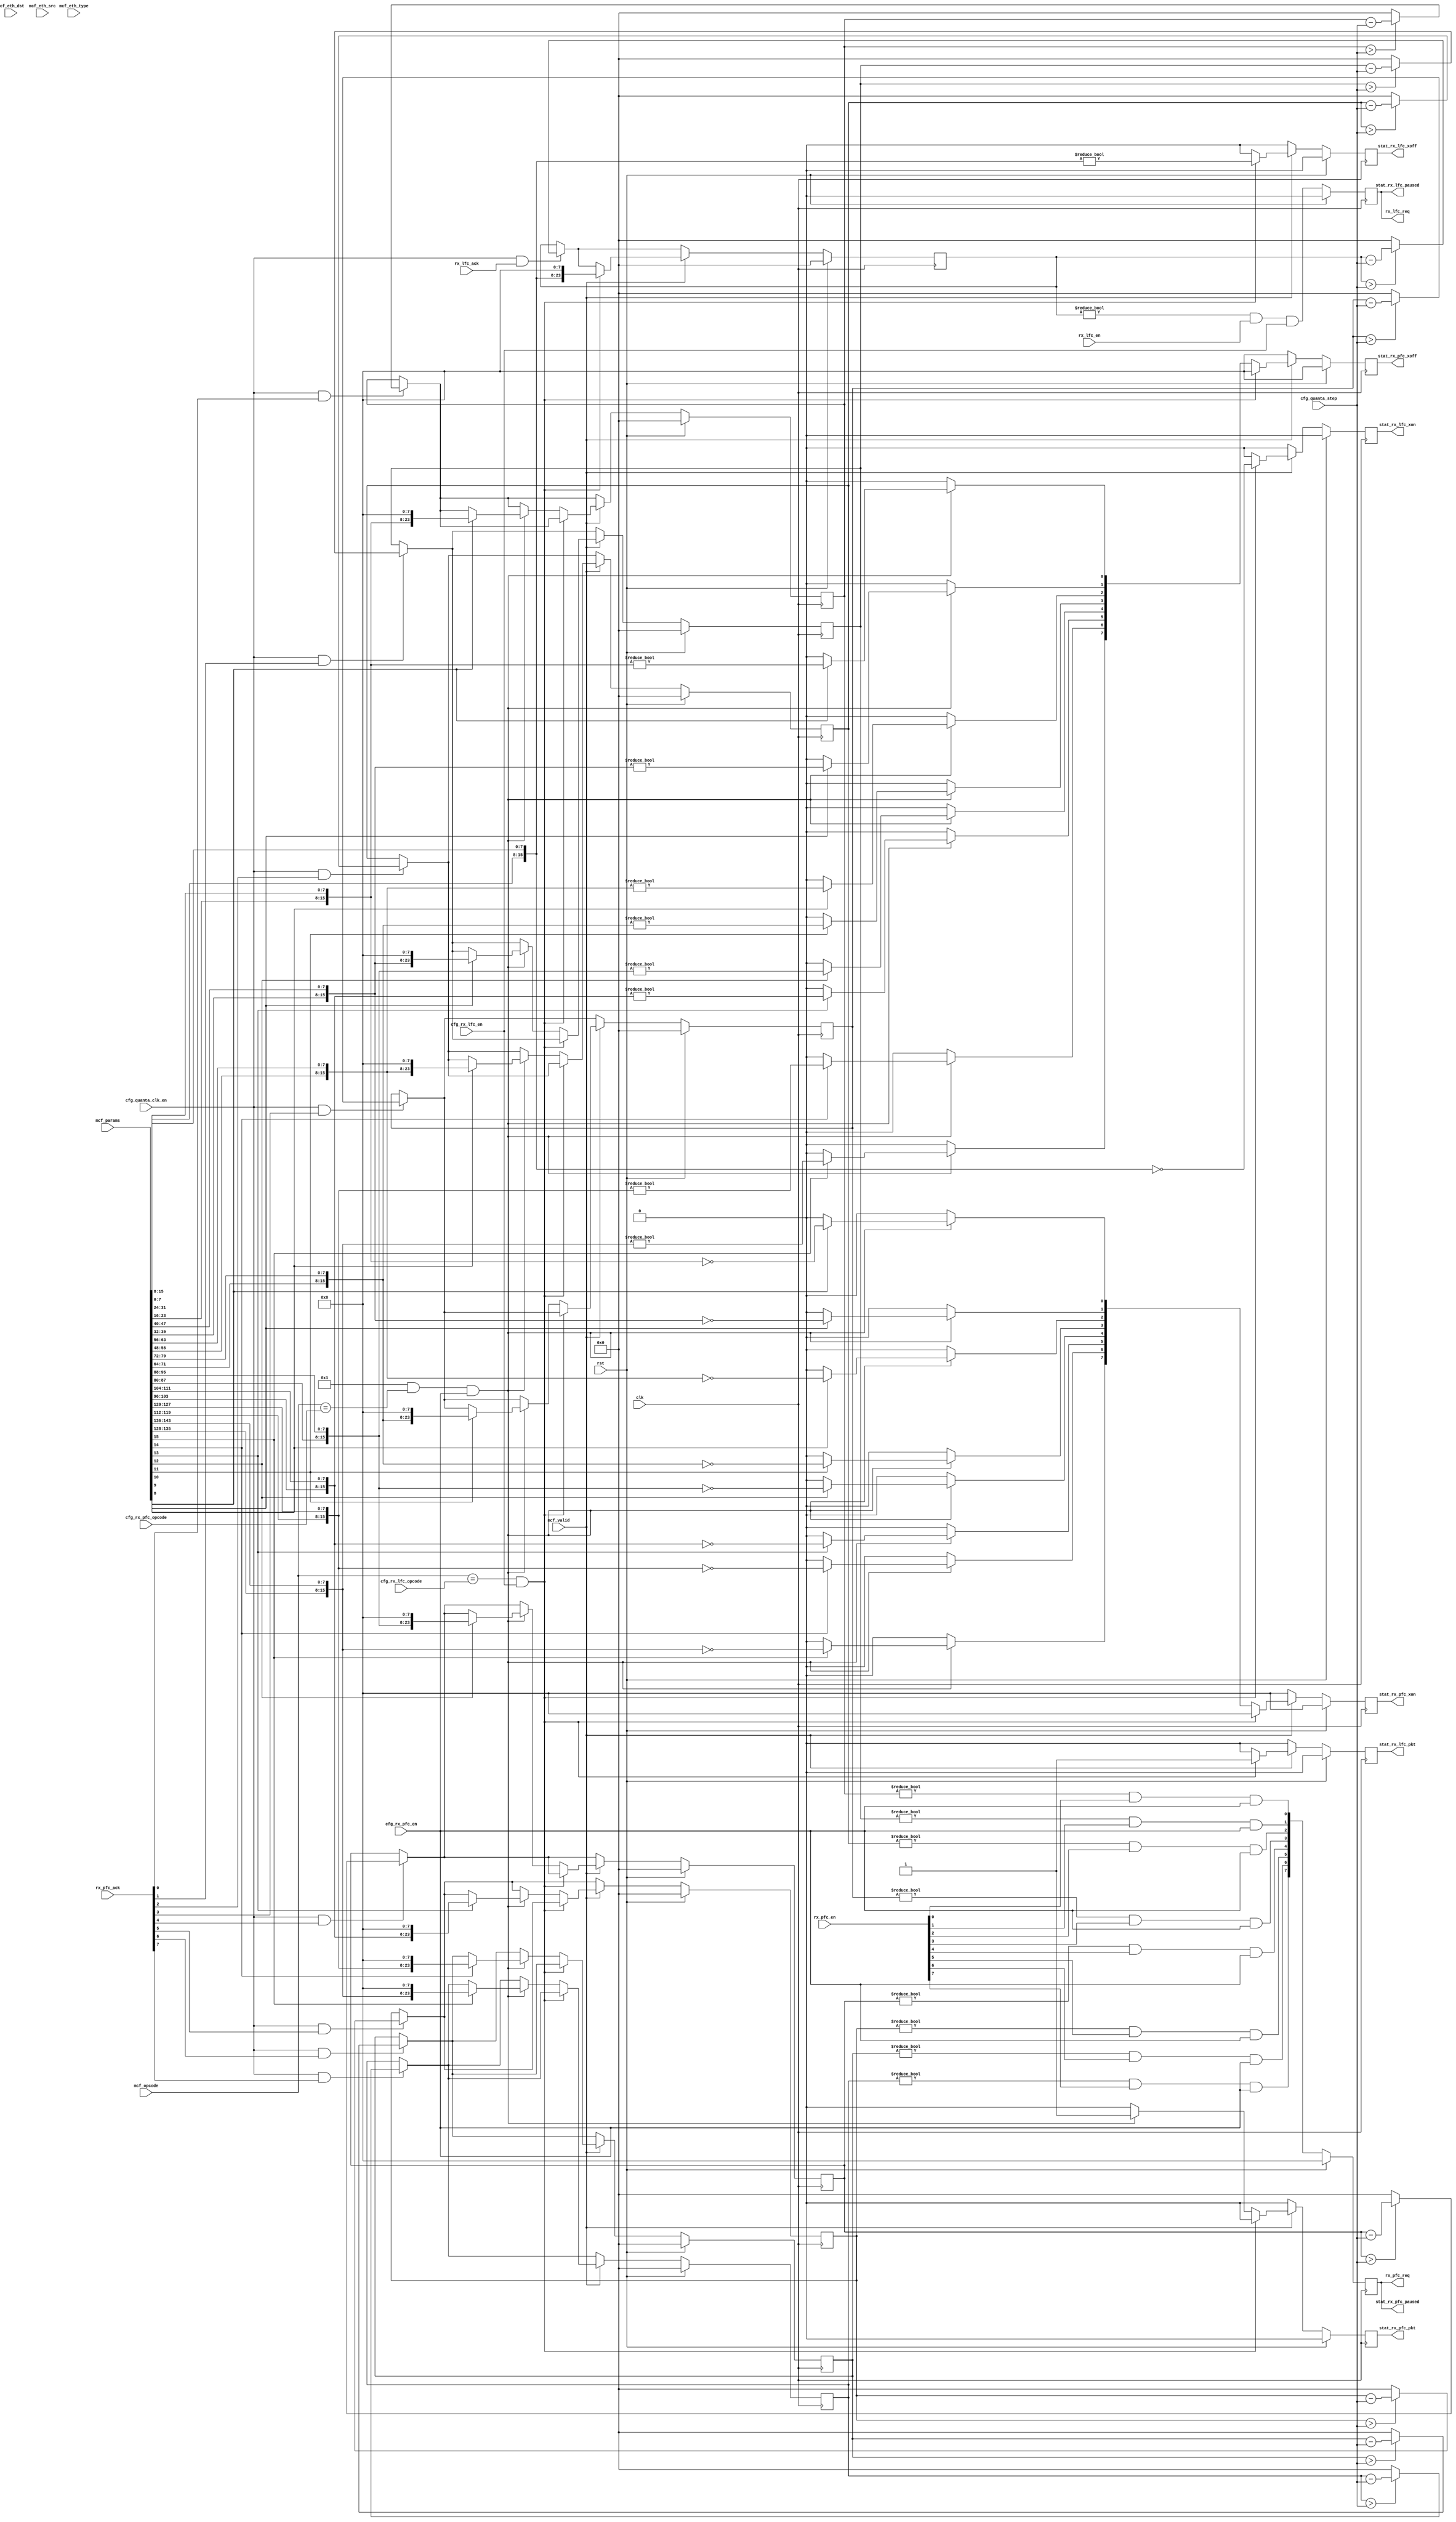
/*

Copyright (c) 2023 Alex Forencich

Permission is hereby granted, free of charge, to any person obtaining a copy
of this software and associated documentation files (the "Software"), to deal
in the Software without restriction, including without limitation the rights
to use, copy, modify, merge, publish, distribute, sublicense, and/or sell
copies of the Software, and to permit persons to whom the Software is
furnished to do so, subject to the following conditions:

The above copyright notice and this permission notice shall be included in
all copies or substantial portions of the Software.

THE SOFTWARE IS PROVIDED "AS IS", WITHOUT WARRANTY OF ANY KIND, EXPRESS OR
IMPLIED, INCLUDING BUT NOT LIMITED TO THE WARRANTIES OF MERCHANTABILITY
FITNESS FOR A PARTICULAR PURPOSE AND NONINFRINGEMENT. IN NO EVENT SHALL THE
AUTHORS OR COPYRIGHT HOLDERS BE LIABLE FOR ANY CLAIM, DAMAGES OR OTHER
LIABILITY, WHETHER IN AN ACTION OF CONTRACT, TORT OR OTHERWISE, ARISING FROM,
OUT OF OR IN CONNECTION WITH THE SOFTWARE OR THE USE OR OTHER DEALINGS IN
THE SOFTWARE.

*/

// Language: Verilog 2001

`resetall
`timescale 1ns / 1ps
`default_nettype none

/*
 * PFC and pause frame receive handling
 */
module mac_pause_ctrl_rx #
(
    parameter MCF_PARAMS_SIZE = 18,
    parameter PFC_ENABLE = 1
)
(
    input  wire                          clk,
    input  wire                          rst,

    /*
     * MAC control frame interface
     */
    input  wire                          mcf_valid,
    input  wire [47:0]                   mcf_eth_dst,
    input  wire [47:0]                   mcf_eth_src,
    input  wire [15:0]                   mcf_eth_type,
    input  wire [15:0]                   mcf_opcode,
    input  wire [MCF_PARAMS_SIZE*8-1:0]  mcf_params,

    /*
     * Link-level Flow Control (LFC) (IEEE 802.3 annex 31B PAUSE)
     */
    input  wire                          rx_lfc_en,
    output wire                          rx_lfc_req,
    input  wire                          rx_lfc_ack,

    /*
     * Priority Flow Control (PFC) (IEEE 802.3 annex 31D PFC)
     */
    input  wire [7:0]                    rx_pfc_en,
    output wire [7:0]                    rx_pfc_req,
    input  wire [7:0]                    rx_pfc_ack,

    /*
     * Configuration
     */
    input  wire [15:0]                   cfg_rx_lfc_opcode,
    input  wire                          cfg_rx_lfc_en,
    input  wire [15:0]                   cfg_rx_pfc_opcode,
    input  wire                          cfg_rx_pfc_en,
    input  wire [9:0]                    cfg_quanta_step,
    input  wire                          cfg_quanta_clk_en,

    /*
     * Status
     */
    output wire                          stat_rx_lfc_pkt,
    output wire                          stat_rx_lfc_xon,
    output wire                          stat_rx_lfc_xoff,
    output wire                          stat_rx_lfc_paused,
    output wire                          stat_rx_pfc_pkt,
    output wire [7:0]                    stat_rx_pfc_xon,
    output wire [7:0]                    stat_rx_pfc_xoff,
    output wire [7:0]                    stat_rx_pfc_paused
);

localparam QFB = 8;

// check configuration
initial begin
    if (MCF_PARAMS_SIZE < (PFC_ENABLE ? 18 : 2)) begin
        $error("Error: MCF_PARAMS_SIZE too small for requested configuration (instance %m)");
        $finish;
    end
end

reg lfc_req_reg = 1'b0, lfc_req_next;
reg [7:0] pfc_req_reg = 8'd0, pfc_req_next;

reg [16+QFB-1:0] lfc_quanta_reg = 0, lfc_quanta_next;
reg [16+QFB-1:0] pfc_quanta_reg[0:7], pfc_quanta_next[0:7];

reg stat_rx_lfc_pkt_reg = 1'b0, stat_rx_lfc_pkt_next;
reg stat_rx_lfc_xon_reg = 1'b0, stat_rx_lfc_xon_next;
reg stat_rx_lfc_xoff_reg = 1'b0, stat_rx_lfc_xoff_next;
reg stat_rx_pfc_pkt_reg = 1'b0, stat_rx_pfc_pkt_next;
reg [7:0] stat_rx_pfc_xon_reg = 0, stat_rx_pfc_xon_next;
reg [7:0] stat_rx_pfc_xoff_reg = 0, stat_rx_pfc_xoff_next;

assign rx_lfc_req = lfc_req_reg;
assign rx_pfc_req = pfc_req_reg;

assign stat_rx_lfc_pkt = stat_rx_lfc_pkt_reg;
assign stat_rx_lfc_xon = stat_rx_lfc_xon_reg;
assign stat_rx_lfc_xoff = stat_rx_lfc_xoff_reg;
assign stat_rx_lfc_paused = lfc_req_reg;
assign stat_rx_pfc_pkt = stat_rx_pfc_pkt_reg;
assign stat_rx_pfc_xon = stat_rx_pfc_xon_reg;
assign stat_rx_pfc_xoff = stat_rx_pfc_xoff_reg;
assign stat_rx_pfc_paused = pfc_req_reg;

integer k;

initial begin
    for (k = 0; k < 8; k = k + 1) begin
        pfc_quanta_reg[k] = 0;
    end
end

always @* begin
    stat_rx_lfc_pkt_next = 1'b0;
    stat_rx_lfc_xon_next = 1'b0;
    stat_rx_lfc_xoff_next = 1'b0;
    stat_rx_pfc_pkt_next = 1'b0;
    stat_rx_pfc_xon_next = 0;
    stat_rx_pfc_xoff_next = 0;

    if (cfg_quanta_clk_en && rx_lfc_ack) begin
        if (lfc_quanta_reg > cfg_quanta_step) begin
            lfc_quanta_next = lfc_quanta_reg - cfg_quanta_step;
        end else begin
            lfc_quanta_next = 0;
        end
    end else begin
        lfc_quanta_next = lfc_quanta_reg;
    end

    lfc_req_next = (lfc_quanta_reg != 0) && rx_lfc_en && cfg_rx_lfc_en;

    for (k = 0; k < 8; k = k + 1) begin
        if (cfg_quanta_clk_en && rx_pfc_ack[k]) begin
            if (pfc_quanta_reg[k] > cfg_quanta_step) begin
                pfc_quanta_next[k] = pfc_quanta_reg[k] - cfg_quanta_step;
            end else begin
                pfc_quanta_next[k] = 0;
            end
        end else begin
            pfc_quanta_next[k] = pfc_quanta_reg[k];
        end

        pfc_req_next[k] = (pfc_quanta_reg[k] != 0) && rx_pfc_en[k] && cfg_rx_pfc_en;
    end

    if (mcf_valid) begin
        if (mcf_opcode == cfg_rx_lfc_opcode && cfg_rx_lfc_en) begin
            stat_rx_lfc_pkt_next = 1'b1;
            stat_rx_lfc_xon_next = {mcf_params[7:0], mcf_params[15:8]} == 0;
            stat_rx_lfc_xoff_next = {mcf_params[7:0], mcf_params[15:8]} != 0;
            lfc_quanta_next = {mcf_params[7:0], mcf_params[15:8], {QFB{1'b0}}};
        end else if (PFC_ENABLE && mcf_opcode == cfg_rx_pfc_opcode && cfg_rx_pfc_en) begin
            stat_rx_pfc_pkt_next = 1'b1;
            for (k = 0; k < 8; k = k + 1) begin
                if (mcf_params[k+8]) begin
                    stat_rx_pfc_xon_next[k] = {mcf_params[16+(k*16)+0 +: 8], mcf_params[16+(k*16)+8 +: 8]} == 0;
                    stat_rx_pfc_xoff_next[k] = {mcf_params[16+(k*16)+0 +: 8], mcf_params[16+(k*16)+8 +: 8]} != 0;
                    pfc_quanta_next[k] = {mcf_params[16+(k*16)+0 +: 8], mcf_params[16+(k*16)+8 +: 8], {QFB{1'b0}}};
                end
            end
        end
    end
end

always @(posedge clk) begin
    lfc_req_reg <= lfc_req_next;
    pfc_req_reg <= pfc_req_next;

    lfc_quanta_reg <= lfc_quanta_next;
    for (k = 0; k < 8; k = k + 1) begin
        pfc_quanta_reg[k] <= pfc_quanta_next[k];
    end

    stat_rx_lfc_pkt_reg <= stat_rx_lfc_pkt_next;
    stat_rx_lfc_xon_reg <= stat_rx_lfc_xon_next;
    stat_rx_lfc_xoff_reg <= stat_rx_lfc_xoff_next;
    stat_rx_pfc_pkt_reg <= stat_rx_pfc_pkt_next;
    stat_rx_pfc_xon_reg <= stat_rx_pfc_xon_next;
    stat_rx_pfc_xoff_reg <= stat_rx_pfc_xoff_next;

    if (rst) begin
        lfc_req_reg <= 1'b0;
        pfc_req_reg <= 8'd0;
        lfc_quanta_reg <= 0;
        for (k = 0; k < 8; k = k + 1) begin
            pfc_quanta_reg[k] <= 0;
        end

        stat_rx_lfc_pkt_reg <= 1'b0;
        stat_rx_lfc_xon_reg <= 1'b0;
        stat_rx_lfc_xoff_reg <= 1'b0;
        stat_rx_pfc_pkt_reg <= 1'b0;
        stat_rx_pfc_xon_reg <= 0;
        stat_rx_pfc_xoff_reg <= 0;
    end
end

endmodule

`resetall